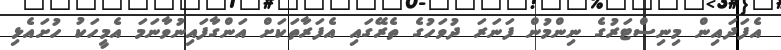
އެފަދައިން މިނިސްޓަރުގެ ނިންމުން ފަނަރަ ދުވަހުގެ ތެރޭގައި އެފަރާތަކަށް އަންގާފައިނުވާނަމަ އެމީހަކު ހުށައެޅި